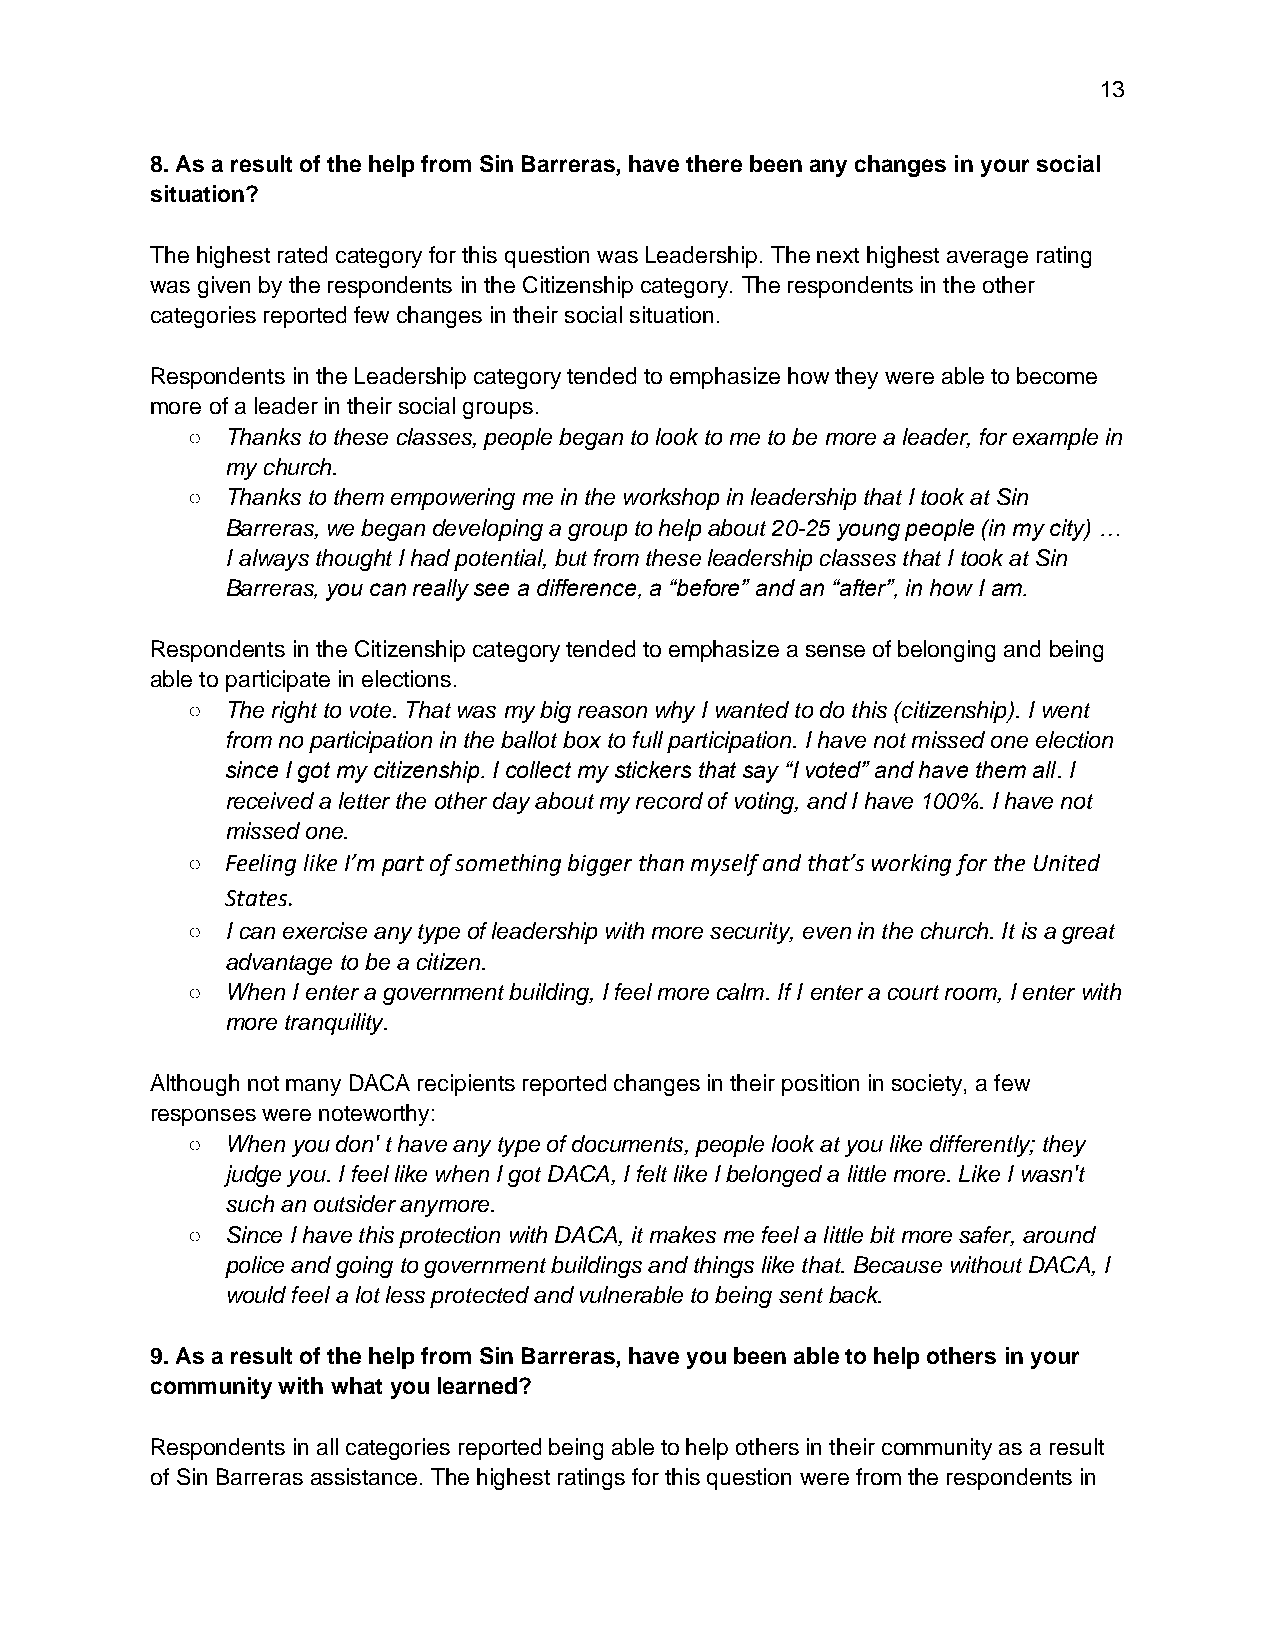
13
 8. As a result of the help from Sin Barreras, have there been any changes in your social
 situation?
 The highest rated category for this question was Leadership. The next highest average rating
 was given by the respondents in the Citizenship category. The respondents in the other
 categories reported few changes in their social situation.
 Respondents in the Leadership category tended to emphasize how they were able to become
 more of a leader in their social groups.
 ○  Thanks to these classes, people began to look to me to be more a leader, for example in
 my church.
 ○  Thanks to them empowering me in the workshop in leadership that I took at Sin
 Barreras, we began developing a group to help about 20-25 young people (in my city) …
 I always thought I had potential, but from these leadership classes that I took at Sin
 Barreras, you can really see a difference, a “before” and an “after”, in how I am.
 Respondents in the Citizenship category tended to emphasize a sense of belonging and being
 able to participate in elections.
 ○  The right to vote. That was my big reason why I wanted to do this (citizenship). I went
 from no participation in the ballot box to full participation. I have not missed one election
 since I got my citizenship. I collect my stickers that say “I voted” and have them all. I
 received a letter the other day about my record of voting, and I have 100%. I have not
 missed one.
 ○  Feeling like I’m part of something bigger than myself and that’s working for the United
 States.
 ○  I can exercise any type of leadership with more security, even in the church. It is a great
 advantage to be a citizen.
 ○  When I enter a government building, I feel more calm. If I enter a court room, I enter with
 more tranquility.
 Although not many DACA recipients reported changes in their position in society, a few
 responses were noteworthy:
 ○  When you don' t have any type of documents, people look at you like differently; they
 judge you. I feel like when I got DACA, I felt like I belonged a little more. Like I wasn't
 such an outsider anymore.
 ○  Since I have this protection with DACA, it makes me feel a little bit more safer, around
 police and going to government buildings and things like that. Because without DACA, I
 would feel a lot less protected and vulnerable to being sent back.
 9. As a result of the help from Sin Barreras, have you been able to help others in your
 community with what you learned?
 Respondents in all categories reported being able to help others in their community as a result
 of Sin Barreras assistance. The highest ratings for this question were from the respondents in